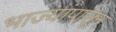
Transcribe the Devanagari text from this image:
भाज्यांपासून